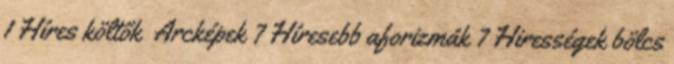
1 Híres költők Arcképek 7 Híresebb aforizmák 7 Hirességek bölcs